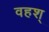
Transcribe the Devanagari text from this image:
वहश्